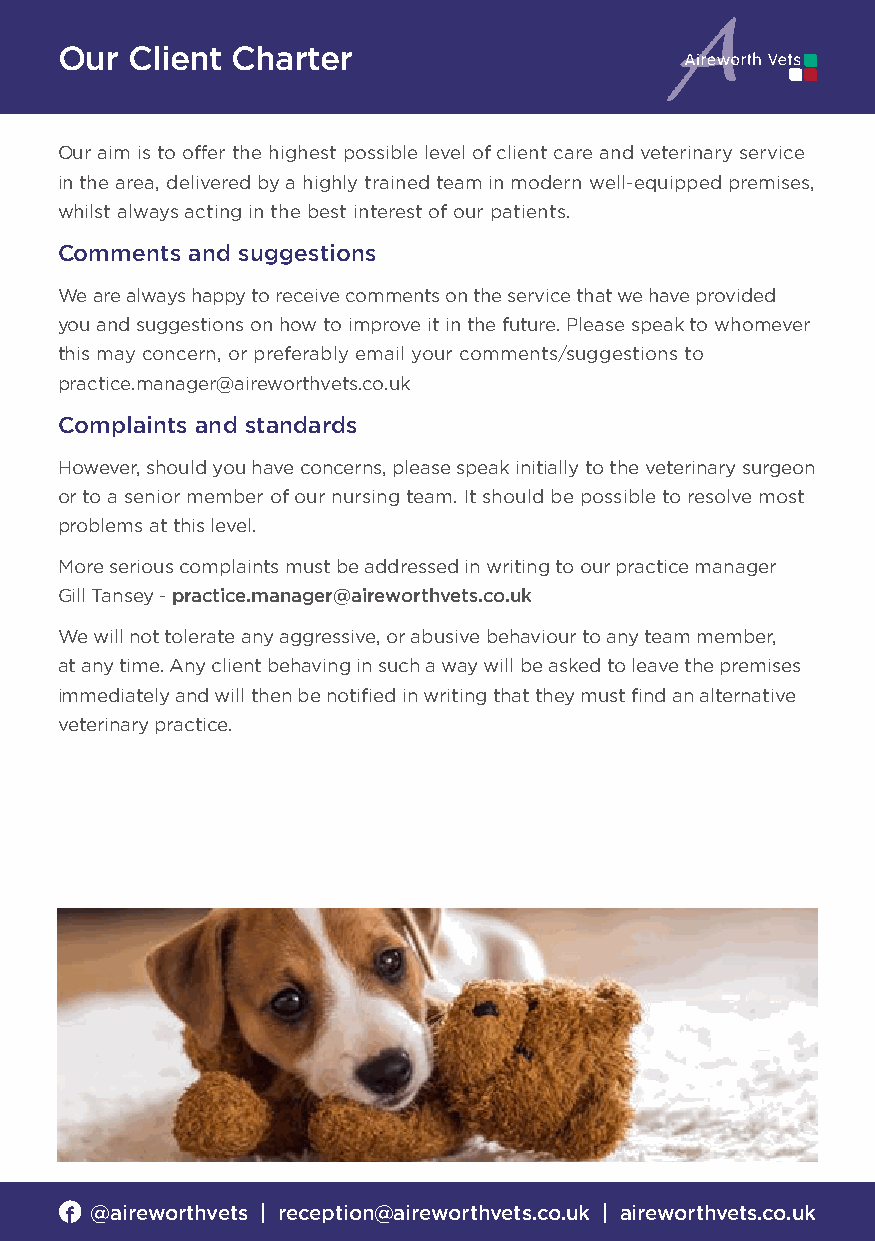
Our Client Charter
 Our aim is to offer the highest possible level of client care and veterinary service
 in the area, delivered by a highly trained team in modern well-equipped premises,
 whilst always acting in the best interest of our patients.
 Comments and suggestions
 We are always happy to receive comments on the service that we have provided
 you and suggestions on how to improve it in the future. Please speak to whomever
 this may concern, or preferably email your comments/suggestions to
 practice.manager@aireworthvets.co.uk
 Complaints and standards
 However, should you have concerns, please speak initially to the veterinary surgeon
 or to a senior member of our nursing team. It should be possible to resolve most
 problems at this level.
 More serious complaints must be addressed in writing to our practice manager
 Gill Tansey - practice.manager@aireworthvets.co.uk
 We will not tolerate any aggressive, or abusive behaviour to any team member,
 at any time. Any client behaving in such a way will be asked to leave the premises
 immediately and will then be notified in writing that they must find an alternative
 veterinary practice.
 @aireworthvets | reception@aireworthvets.co.uk | aireworthvets.co.uk